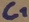
Text: C1